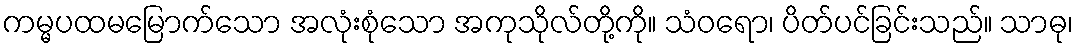
ကမ္မပထမမြောက်သော အလုံးစုံသော အကုသိုလ်တို့ကို။ သံဝရော၊ ပိတ်ပင်ခြင်းသည်။ သာဓု၊